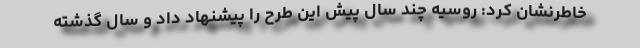
خاطرنشان کرد: روسیه چند سال پیش این طرح را پیشنهاد داد و سال گذشته